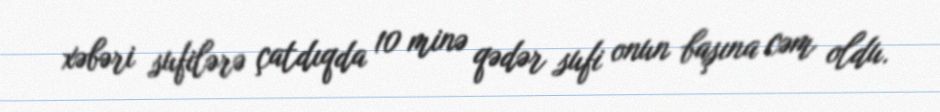
xəbəri sufilərə çatdıqda 10 minə qədər sufi onun başına cəm oldu.